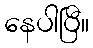
နေပါပြီ။